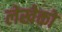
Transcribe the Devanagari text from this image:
लेखेको